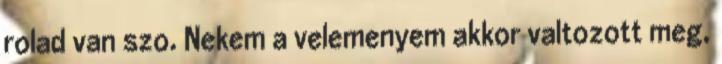
rolad van szo. Nekem a velemenyem akkor valtozott meg,